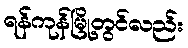
ရန်ကုန်မြို့တွင်လည်း